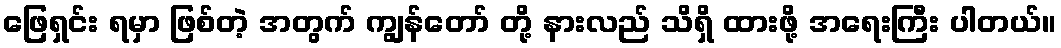
ဖြေရှင်း ရမှာ ဖြစ်တဲ့ အတွက် ကျွန်တော် တို့ နားလည် သိရှိ ထားဖို့ အရေးကြီး ပါတယ်။